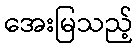
အေးမြသည့်